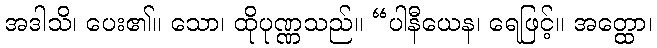
အဒါသိ၊ ပေး၏။ သော၊ ထိုပုဏ္ဏသည်။ “ပါနီယေန၊ ရေဖြင့်။ အတ္ထော၊